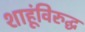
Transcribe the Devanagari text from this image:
शाहूंविरुद्घ